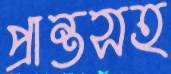
প্রান্তসহ